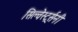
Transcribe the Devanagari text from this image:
सिल्वेस्टर्र्सनी